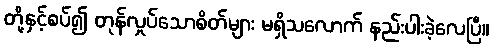
တို့နှင့်စပ်၍ တုန်လှုပ်သောစိတ်များ မရှိသလောက် နည်းပါးခဲ့လေပြီ။